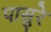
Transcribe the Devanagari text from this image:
पासुरे